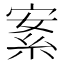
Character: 𦀀